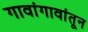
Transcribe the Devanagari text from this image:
गावांगावांतून